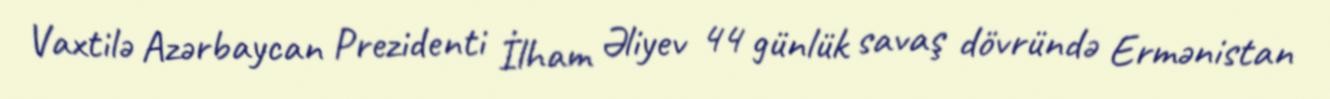
Vaxtilə Azərbaycan Prezidenti İlham Əliyev 44 günlük savaş dövründə Ermənistan